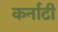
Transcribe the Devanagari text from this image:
कर्नाटी